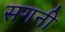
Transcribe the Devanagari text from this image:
सगनी